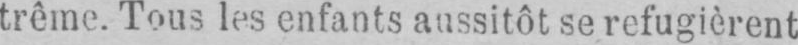
trême. Tous les enfants aussitôt se refugièrent